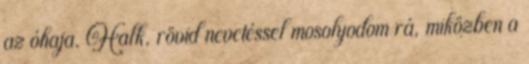
az óhaja. Halk, rövid nevetéssel mosolyodom rá, miközben a